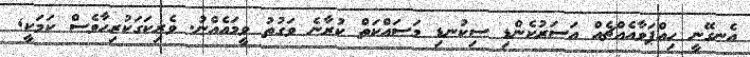
އެނގޭނީ ހިއްޕަވާއެއްޗެއް އަސަރުކެންޑި ސިކުނޑި މަސައްކަތް ކުރާނެ ވަގުތު ވީމައެއްނު. ވެރިކަގަކުރިހާވެސް ކަަމަކީ